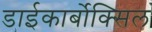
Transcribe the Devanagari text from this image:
डाईकार्बोक्सिल